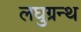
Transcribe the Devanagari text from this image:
लघुग्रन्थ